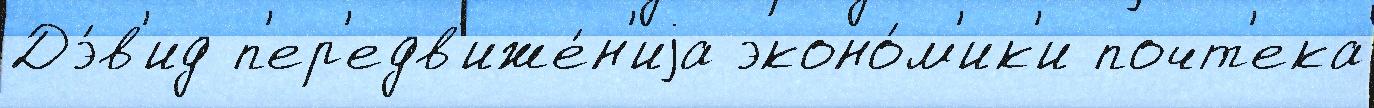
Дэ́в'ид п'ер'едв'иже́н'иjа эконо́м'ик'и почт'ека